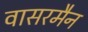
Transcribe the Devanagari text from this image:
वासरमैन